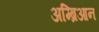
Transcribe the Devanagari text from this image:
अम्ब्रिआन